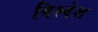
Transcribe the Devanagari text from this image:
विश्‍वेश